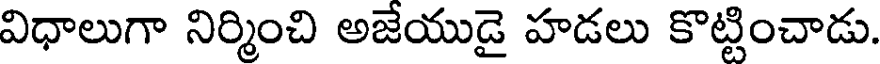
విధాలుగా నిర్మించి అజేయుడై హడలు కొట్టించాడు.